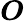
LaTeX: \boldsymbol{O}